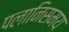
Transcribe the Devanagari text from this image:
पलानिसमय